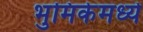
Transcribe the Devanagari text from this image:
भुमिकेमध्ये